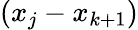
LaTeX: (x_{j}-x_{k+1})